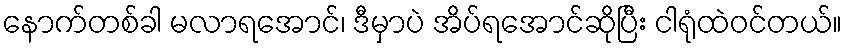
နောက်တစ်ခါ မလာရအောင်၊ ဒီမှာပဲ အိပ်ရအောင်ဆိုပြီး ငါရုံထဲဝင်တယ်။